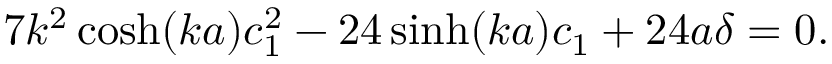
7 k ^ { 2 } \cosh ( k a ) c _ { 1 } ^ { 2 } - 2 4 \sinh ( k a ) c _ { 1 } + 2 4 a \delta = 0 .